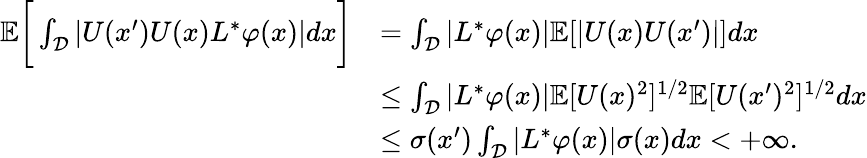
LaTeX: \begin{array}{rl}{\mathbb{E}\bigg[\int_{\mathcal{D}}|U(x^{\prime})U(x)L^{*}\varphi(x)|dx\bigg]}&{=\int_{\mathcal{D}}|L^{*}\varphi(x)|\mathbb{E}[|U(x)U(x^{\prime})|]dx}\\ &{\leq\int_{\mathcal{D}}|L^{*}\varphi(x)|\mathbb{E}[U(x)^{2}]^{1/2}\mathbb{E}[U(x^{\prime})^{2}]^{1/2}dx}\\ &{\leq\sigma(x^{\prime})\int_{\mathcal{D}}|L^{*}\varphi(x)|\sigma(x)dx<+\infty.}\end{array}